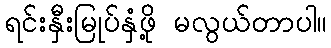
ရင်းနှီးမြုပ်နှံဖို့ မလွယ်တာပါ။